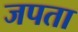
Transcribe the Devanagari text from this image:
जपता